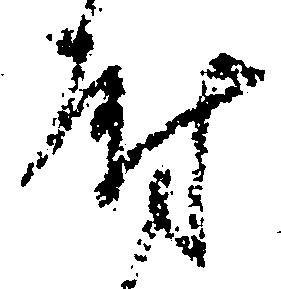
尉